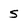
Character: S